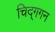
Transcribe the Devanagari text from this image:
चिद्‌गगन